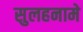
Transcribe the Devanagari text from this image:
सुलहनामे